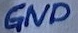
Text: GND